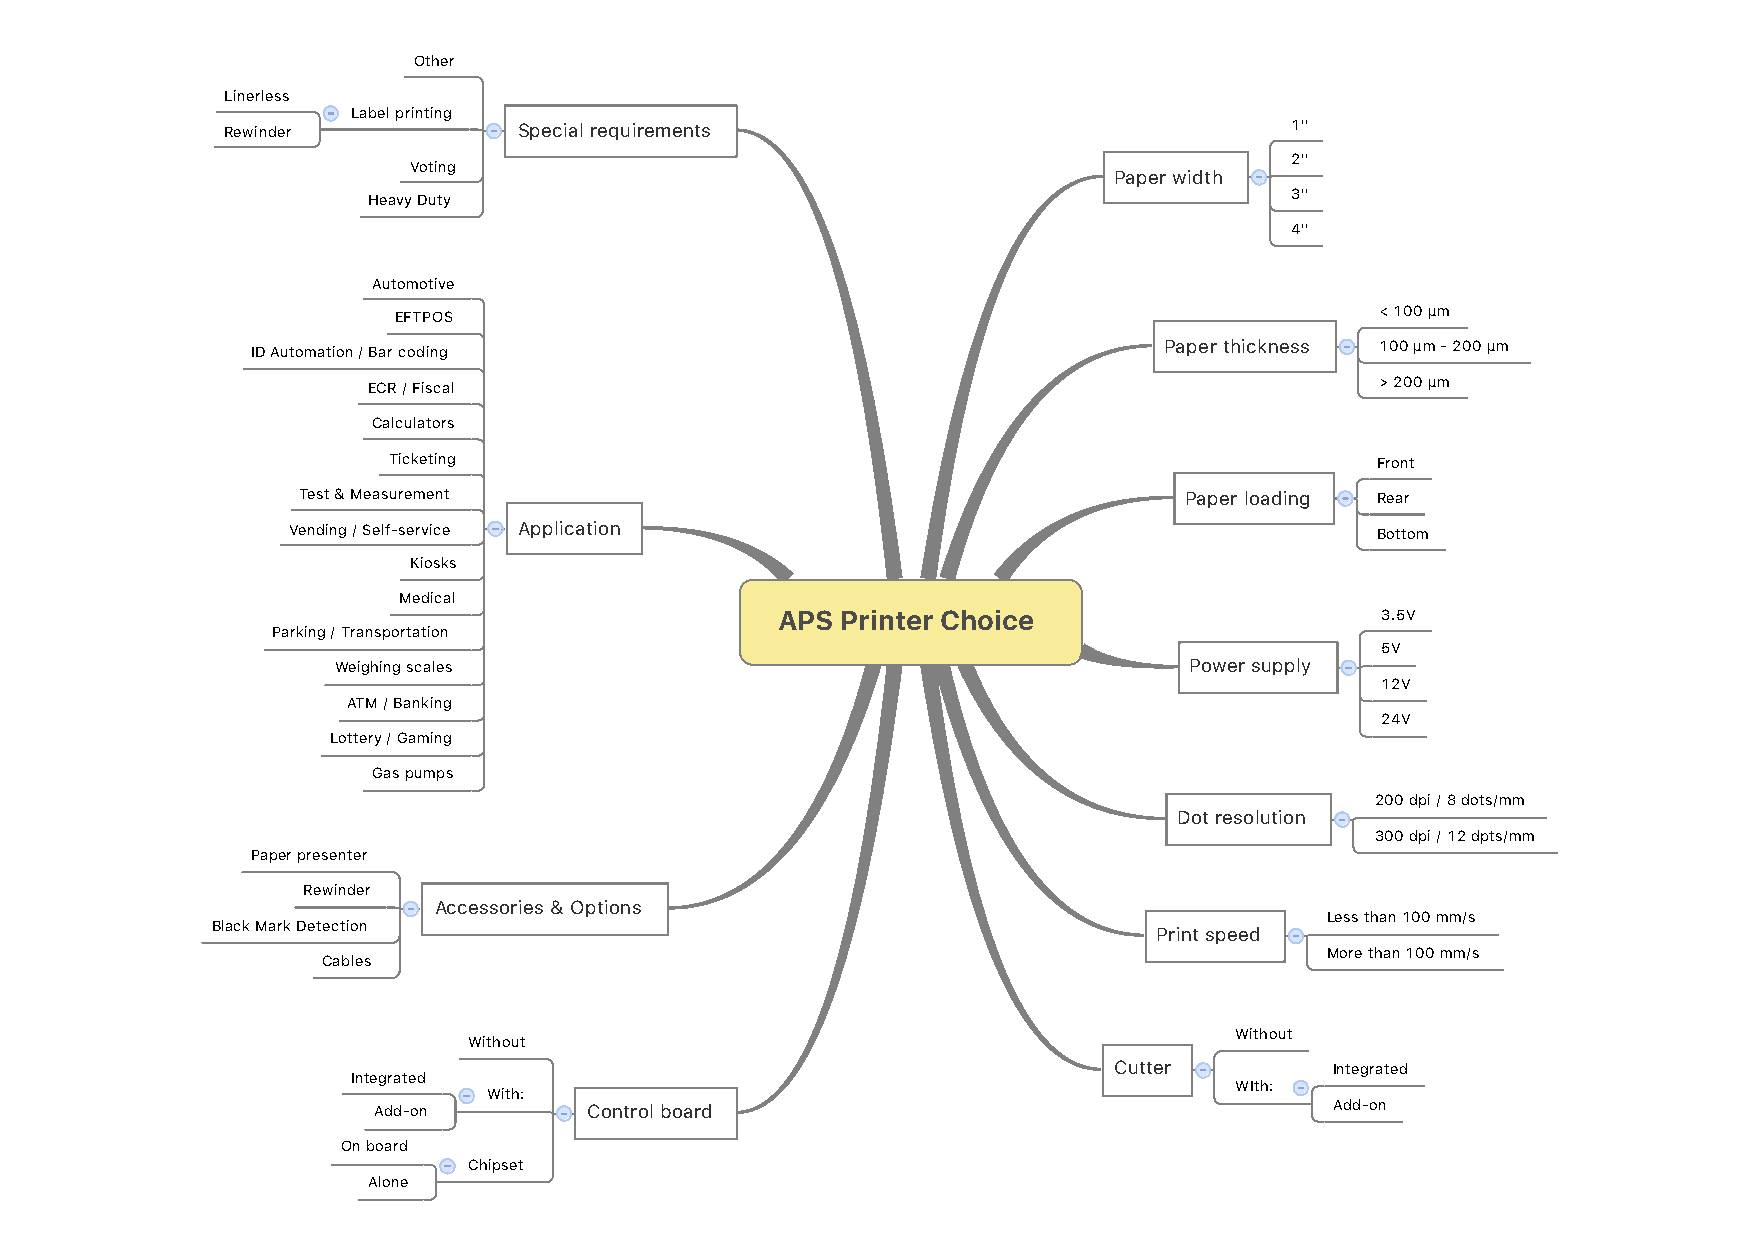
Other
 Linerless
 Label printing
 Rewinder           Special requirements                               1''
 2''
 Voting
 Paper width
 Heavy Duty                                                   3''
 4''
 Automotive
 EFTPOS                                                           < 100 μm
 ID Automation / Bar coding                                  Paper thickness 100 μm - 200 μm
 ECR / Fiscal                                                       > 200 μm
 Calculators
 Ticketing                                                        Front
 Test & Measurement                                        Paper loading Rear
 Vending / Self-service Application                                      Bottom
 Kiosks
 Medical
 APS Printer Choice                     3.5V
 Parking / Transportation
 5V
 Weighing scales                                          Power supply
 12V
 ATM / Banking
 24V
 Lottery / Gaming
 Gas pumps
 200 dpi / 8 dots/mm
 Dot resolution
 300 dpi / 12 dpts/mm
 Paper presenter
 Rewinder
 Accessories & Options
 Less than 100 mm/s
 Black Mark Detection
 Print speed
 More than 100 mm/s
 Cables
 Without
 Without
 Cutter        Integrated
 Integrated
 WIth:
 With:
 Add-on        Control board                                    Add-on
 On board
 Chipset
 Alone